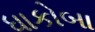
ધાકોબા